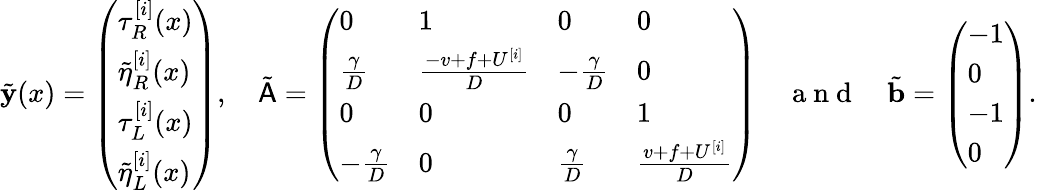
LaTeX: \tilde{\mathbf{y}}(x)=\left(\begin{array}{l}{\tau_{R}^{[i]}(x)}\\ {\tilde{\eta}_{R}^{[i]}(x)}\\ {\tau_{L}^{[i]}(x)}\\ {\tilde{\eta}_{L}^{[i]}(x)}\end{array}\right),\quad\tilde{\mathsf{A}}=\left(\begin{array}{llll}{0}&{1}&{0}&{0}\\ {\frac{\gamma}{D}}&{\frac{-v+f+U^{[i]}}{D}}&{-\frac{\gamma}{D}}&{0}\\ {0}&{0}&{0}&{1}\\ {-\frac{\gamma}{D}}&{0}&{\frac{\gamma}{D}}&{\frac{v+f+U^{[i]}}{D}}\end{array}\right)\quad\mathrm{~a~n~d~}\quad\tilde{\mathbf{b}}=\left(\begin{array}{l}{-1}\\ {0}\\ {-1}\\ {0}\end{array}\right).